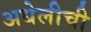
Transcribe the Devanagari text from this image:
अधेलीची